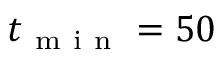
t _ { \mathrm { ~ m ~ i ~ n ~ } } = 5 0